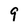
Character: 9